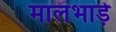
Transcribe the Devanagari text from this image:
मालभाड़े